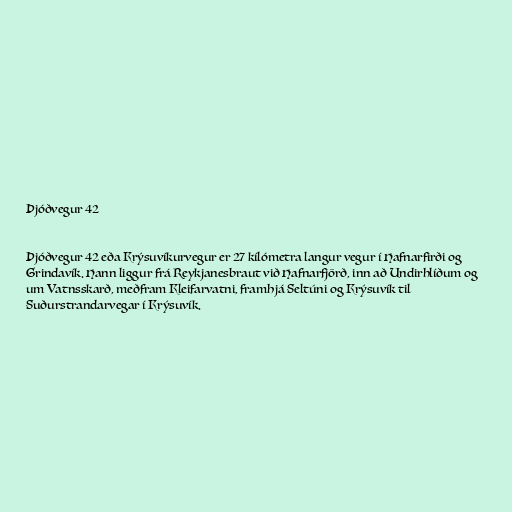
Þjóðvegur 42

Þjóðvegur 42 eða Krýsuvíkurvegur er 27 kílómetra langur vegur í Hafnarfirði og
Grindavík. Hann liggur frá Reykjanesbraut við Hafnarfjörð, inn að Undirhlíðum og
um Vatnsskarð, meðfram Kleifarvatni, framhjá Seltúni og Krýsuvík til
Suðurstrandarvegar í Krýsuvík.